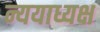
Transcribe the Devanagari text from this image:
न्ययाध्यक्ष